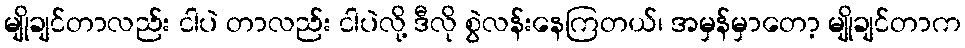
မျိုချင်တာလည်း ငါပဲ တာလည်း ငါပဲလို့ ဒီလို စွဲလန်းနေကြတယ်၊ အမှန်မှာတော့ မျိုချင်တာက